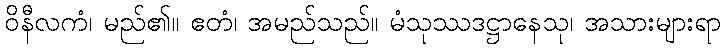
ဝိနီလကံ၊ မည်၏။ ဧတံ၊ အမည်သည်။ မံသုဿဒဋ္ဌာနေသု၊ အသားများရာ